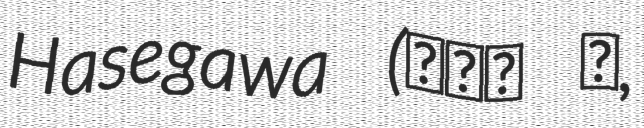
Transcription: Hasegawa (長谷川 唯,